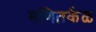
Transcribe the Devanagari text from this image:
मणितर्कळ